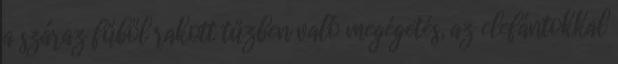
a száraz fűből rakott tűzben való megégetés, az elefántokkal